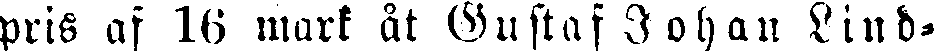
pris af 16 mark åt Gustaf Johan Lind-